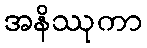
အနိဿုကာ